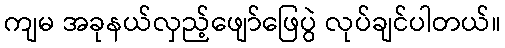
ကျမ အခုနယ်လှည့်ဖျော်ဖြေပွဲ လုပ်ချင်ပါတယ်။